system: You are a helpful assistant.
user:
Analyze the provided spectrum to determine if it is a **"Cataclysmic Variables (CV)"**.

- **Key Indicators for CV (Check for either state):**
    - **State 1: Quiescent / Low-State (Emission-Dominated)**
        - **(Primary):** Strong and *very broad* Hydrogen Balmer emission lines (e.g., $H\alpha$ at 6563 Å, $H\beta$ at 4861 Å). The 'broadness' (high velocity dispersion, often FWHM > 1000 km/s) is the key diagnostic, indicating a high-velocity accretion disk.
        - **(Secondary):** Broad neutral Helium (He I) emission lines (e.g., 5876 Å, 6678 Å).
        - **(Key Confirmation):** Presence of high-excitation *ionized* Helium (He II) emission at 4686 Å. This is a strong indicator of accretion onto a white dwarf.
        - **(Line Profile):** Emission lines may exhibit a 'double-peaked' profile, which is a classic signature of a rotating accretion disk viewed at high inclination.

    - **State 2: Outburst / High-State (Absorption-Dominated)**
        - **(Primary):** Spectrum is dominated by a bright, blue continuum (looks like a hot star).
        - **(Secondary):** The emission lines from State 1 are weak, absent, or 'filled in', and are replaced by broad, shallow *absorption* lines (primarily Balmer and He I).
        - **(Morphology):** The overall spectrum mimics a hot B/A-type star. The crucial difference is that the absorption lines are significantly broader, shallower, and more 'washed-out' (or 'smeared') than the sharp lines of a normal stellar photosphere, due to high rotational speeds and pressure broadening in the disk.

Think first, call **spectral_visualization_tool** if needed to examine features in detail, then provide your final answer. Your response must adhere to the following strict rules:
1.  **Overall Structure:** Your response must follow the format `<think>...</think> <tool_call>...</tool_call> (if a tool is used) <answer>...</answer>`.
2.  **Tool Usage Constraint:** You may only make **one** tool call per turn.
3.  **Final Answer Format:** In the `<answer>` tag, your conclusion must be inside a `\boxed{}` command (e.g., `\boxed{YES}`), followed by your justification.

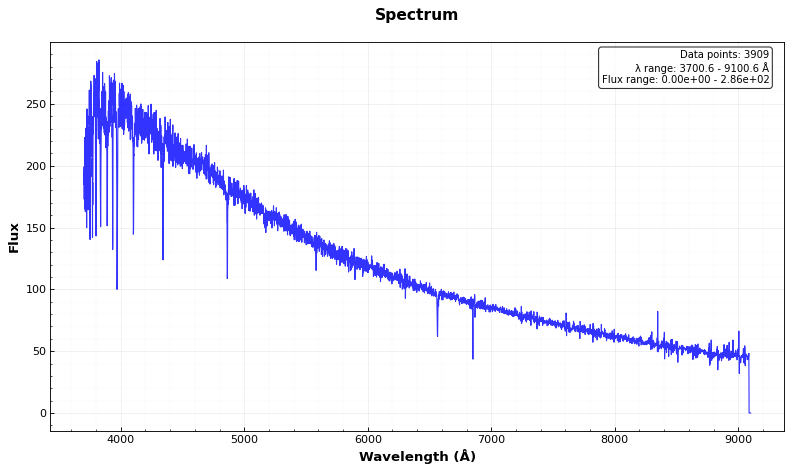
Answer: NO